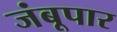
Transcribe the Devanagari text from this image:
जंबूपार